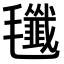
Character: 𣰷